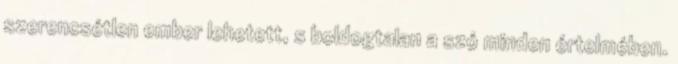
szerencsétlen ember lehetett, s boldogtalan a szó minden értelmében.